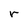
Character: r